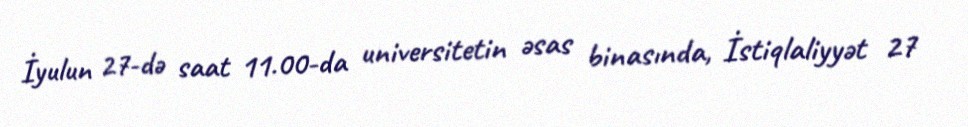
İyulun 27-də saat 11.00-da universitetin əsas binasında, İstiqlaliyyət 27